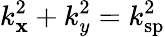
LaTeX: k_{\mathbf{x}}^{2}+k_{y}^{2}=k_{\mathrm{{sp}}}^{2}